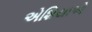
એશિયાએ